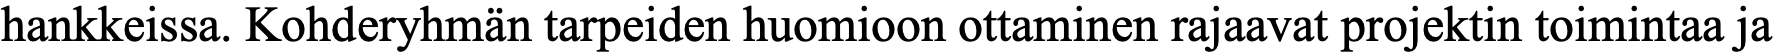
hankkeissa. Kohderyhmän tarpeiden huomioon ottaminen rajaavat projektin toimintaa ja